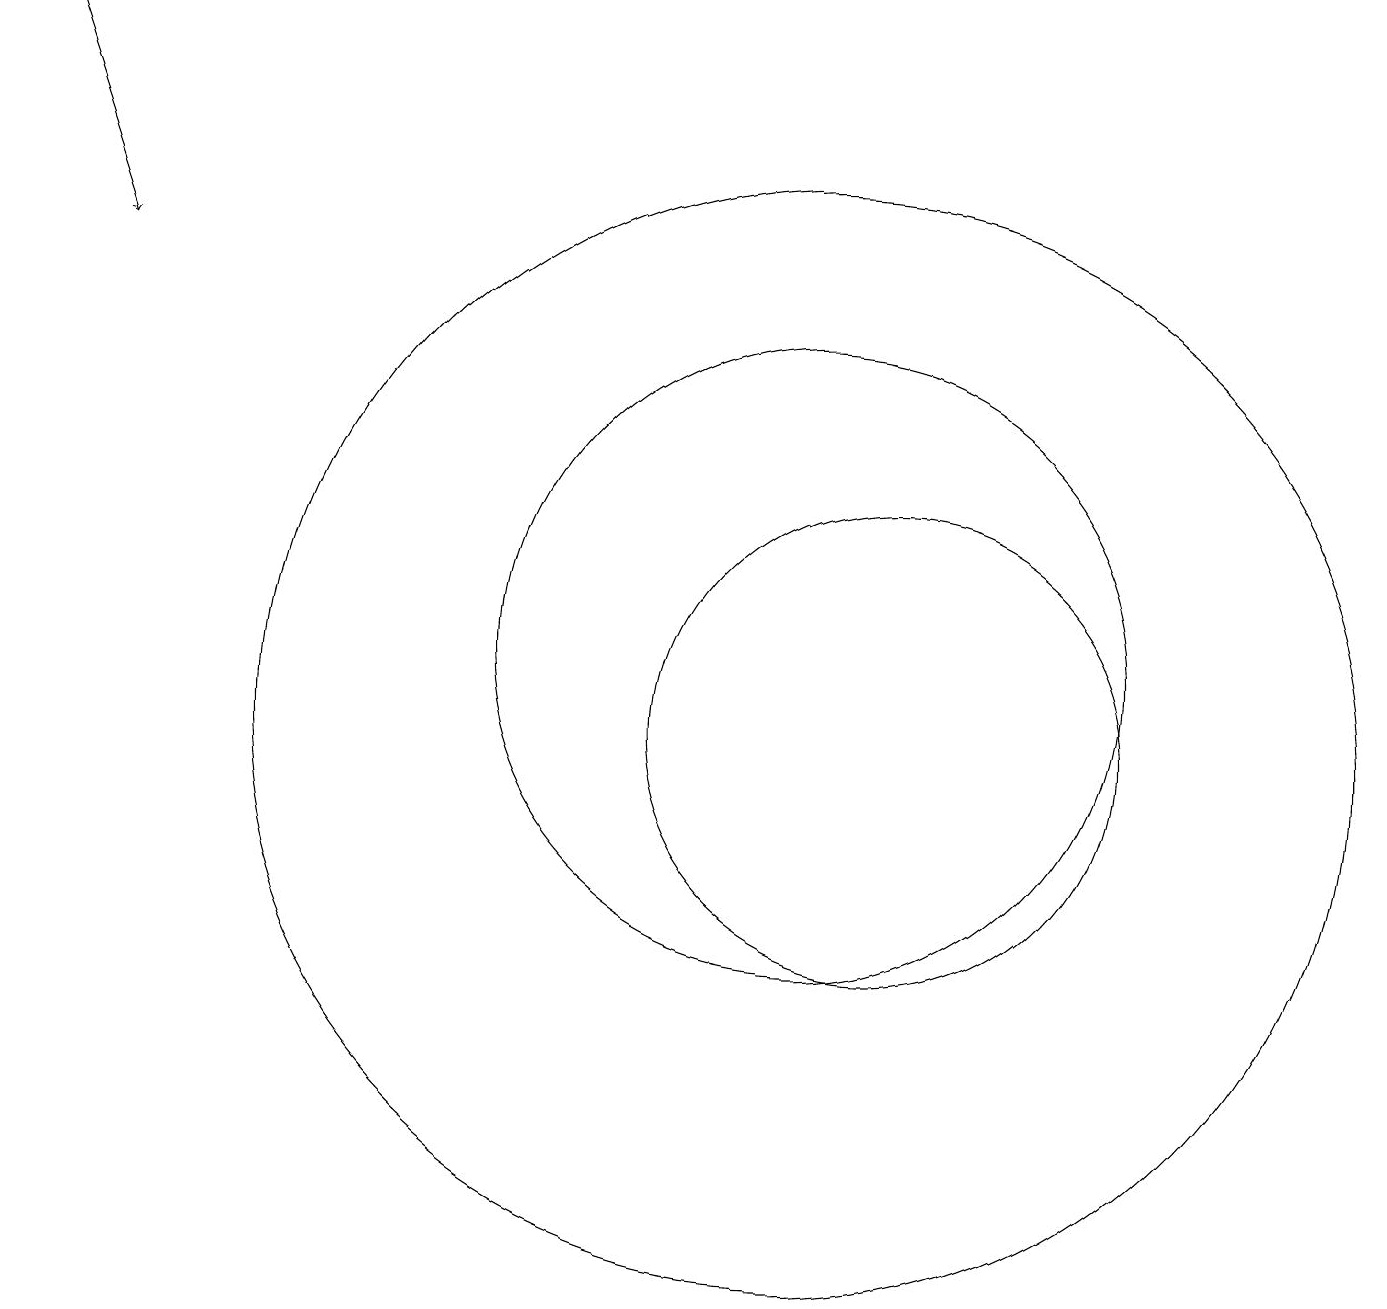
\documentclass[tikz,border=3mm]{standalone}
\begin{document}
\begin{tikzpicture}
\draw (10,11) circle (4);
\draw (11,10) circle (3);
\draw[->] (0,19) -- (1,16);
\draw (10,10) circle (7);
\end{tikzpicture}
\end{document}